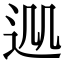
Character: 𨒁